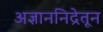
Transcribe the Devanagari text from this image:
अज्ञाननिद्रेतून